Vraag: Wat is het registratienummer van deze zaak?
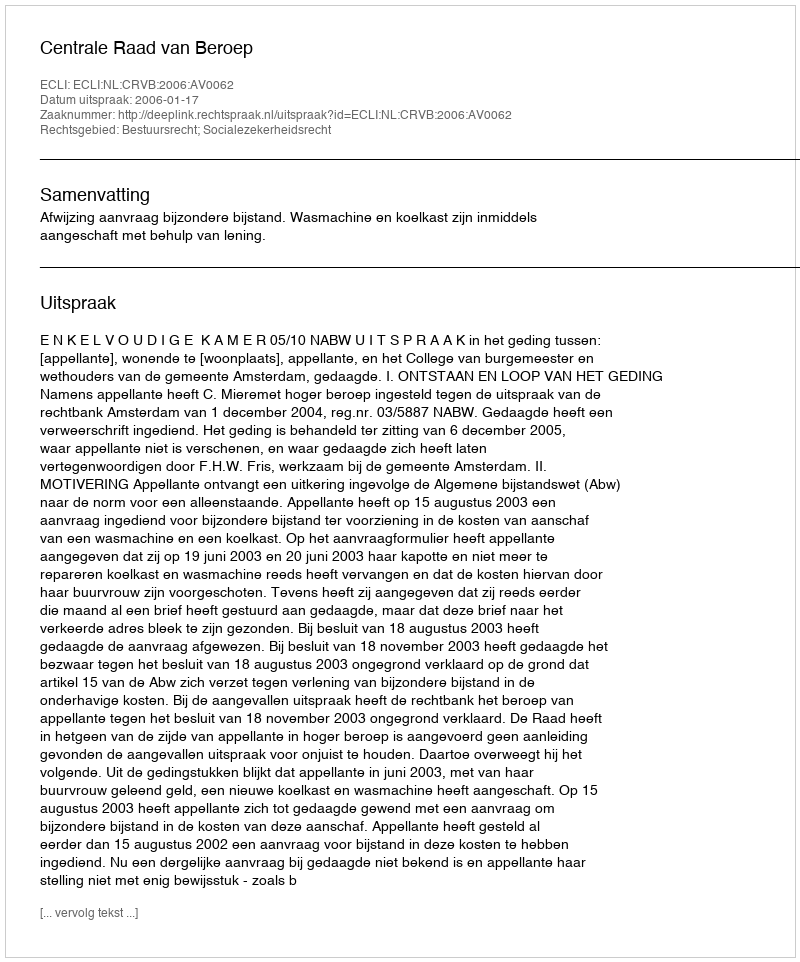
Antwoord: http://deeplink.rechtspraak.nl/uitspraak?id=ECLI:NL:CRVB:2006:AV0062